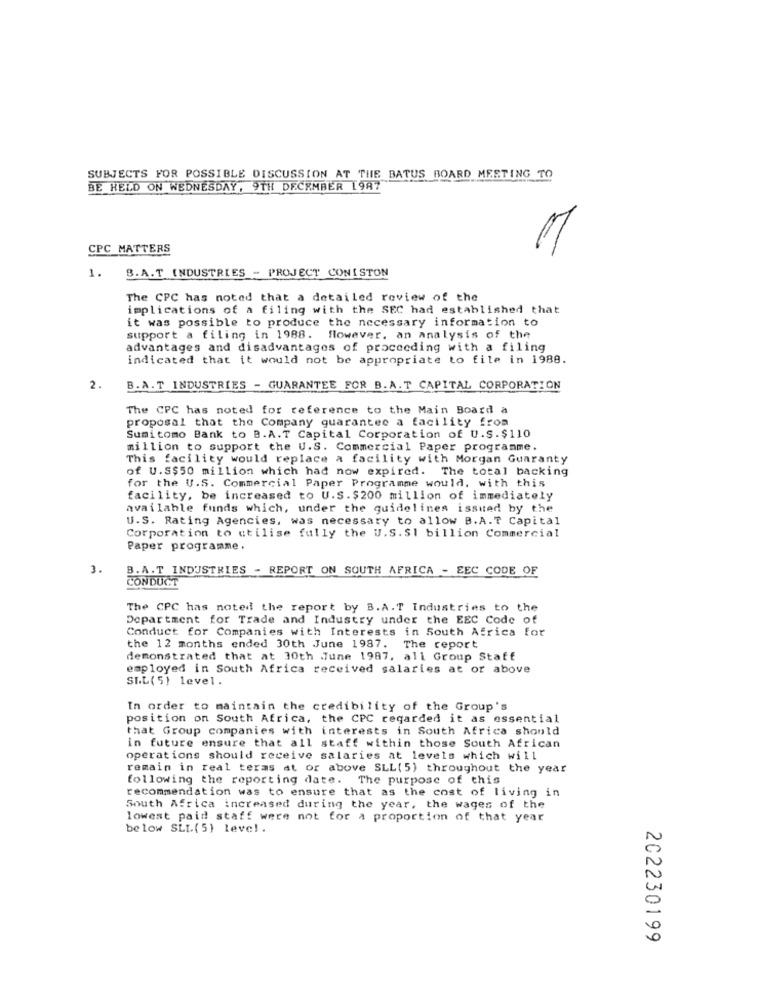
SUBJECTS FOR POSSIBLE DISCUSSION AT THE BATUS BOARD MEETING TO
BE HELD ON WEDNESDAY, 9TH DECEMBER 1987
CPC MATTERS
1.
B.A.T. INDUSTRIES - PROJECT CONISTON
The CPC has noted that a detailed review of the
implications of a filing with the SEC had established that
it was possible to produce the necessary information to
support a filing in 1988. flowever. an analysis of the
advantages and disadvantages of proceeding with a filing
indicated that it would not be appropriate to file in 1988.
2.
B. A . T INDUSTRIES - GUARANTEE FOR B.A.T CAPITAL CORPORATION
The CPC has noted for reference to the Main Board a
proposal that the Company quarantec a facility from
Sumitomo Bank to B.A.T Capital Corporation of U.S.$110
million to support the U.S. Commercial Paper programme.
This facility would replace a facility with Morgan Guaranty
of U.S$50 million which had now expired. The total backing
for the U.S. Commercial Paper Programme would, with this
facility, be increased to U.S. $200 million of immediately
available funds which, under the guidelines issued by the
U.S. Rating Agencies, was necessary to allow B.A.T Capital
Corporation to utilise fully the U.S. SI billion Commercial
Paper programme.
3.
B.A.T INDUSTRIES - REPORT ON SOUTH AFRICA - EEC CODE OF
CONDUCT
The CPC has noted the report by B.A.T Industries to the
Department for Trade and Industry under the EEC Code of
Conduct for Companies with Interests in South Africa for
the 12 months ended 30th June 1987. The report
demonstrated that at 30th June 1987, all Group Staff
employed in South Africa received salaries at or above
SIL ( 5) level.
In order to maintain the credibility of the Group's
position on South Africa, the CPC regarded it as essential
that Group companies with interests in South Africa should
in future ensure that all staff within those South African
operations should receive salaries at levels which will
remain in real teras at or above SLL(5) throughout the year
following the reporting date. The purpose of this
recommendation was to ensure that as the cost of living in
South Africa increased during the year, the wages of the
lowest paid staff were not for a proportion of that year
below SLL(5) Level.
202230199